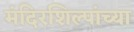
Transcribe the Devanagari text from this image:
मंदिरशिल्पांच्या